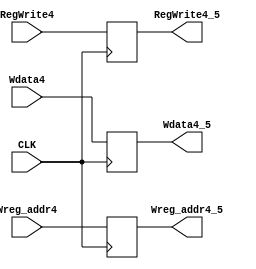
module Forth_pipe(
  input CLK,
  input wire [31:0] Wdata4,
  input wire [4:0] Wreg_addr4,
  input wire RegWrite4,

  output reg [31:0] Wdata4_5,
  output reg [4:0] Wreg_addr4_5,
  output reg RegWrite4_5
);



always @(negedge CLK)
begin
Wdata4_5 <= Wdata4;
Wreg_addr4_5 <= Wreg_addr4;
RegWrite4_5 <= RegWrite4;
end

endmodule